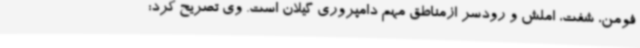
فومن، شفت، املش و رودسر ازمناطق مهم دامپروری گیلان است. وی تصریح کرد: